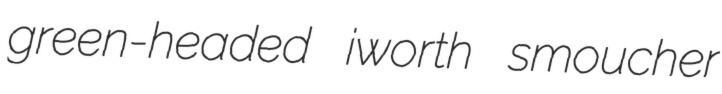
green-headed iworth smoucher